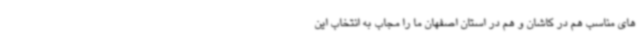
های مناسب هم در کاشان و هم در استان اصفهان ما را مجاب به انتخاب این